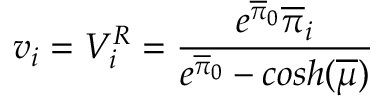
v _ { i } = V _ { i } ^ { R } = \frac { { e ^ { \overline { { { \pi } } } _ { 0 } } \overline { { { \pi } } } _ { i } } } { e ^ { \overline { { { \pi } } } _ { 0 } } - c o s h ( \overline { { { \mu } } } ) }